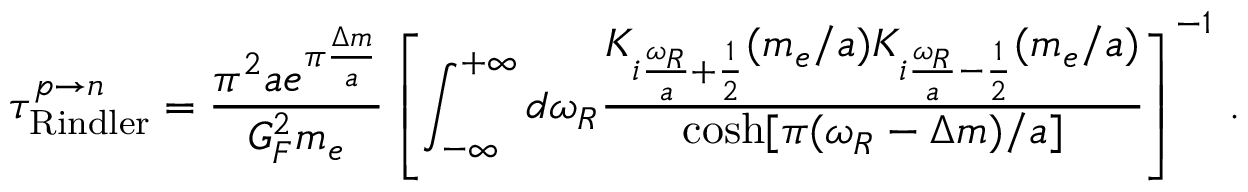
{ \tau } _ { \mathrm { R i n d l e r } } ^ { p \to n } = \frac { \pi ^ { 2 } a e ^ { \pi \frac { \Delta m } { a } } } { G _ { F } ^ { 2 } m _ { e } } \left[ \int _ { - \infty } ^ { + \infty } d { \omega _ { R } } \frac { K _ { i \frac { { \omega _ { R } } } { a } + \frac { 1 } { 2 } } ( m _ { e } / a ) K _ { i \frac { { \omega _ { R } } } { a } - \frac { 1 } { 2 } } ( m _ { e } / a ) } { \cosh [ \pi ( { \omega _ { R } } - { \Delta m } ) / a ] } \right] ^ { - 1 } \, .